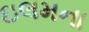
ઇલમના